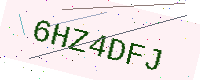
Text: 6HZ4DFJ